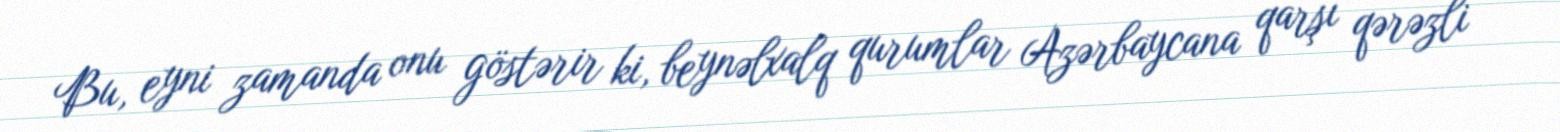
Bu, eyni zamanda onu göstərir ki, beynəlxalq qurumlar Azərbaycana qarşı qərəzli